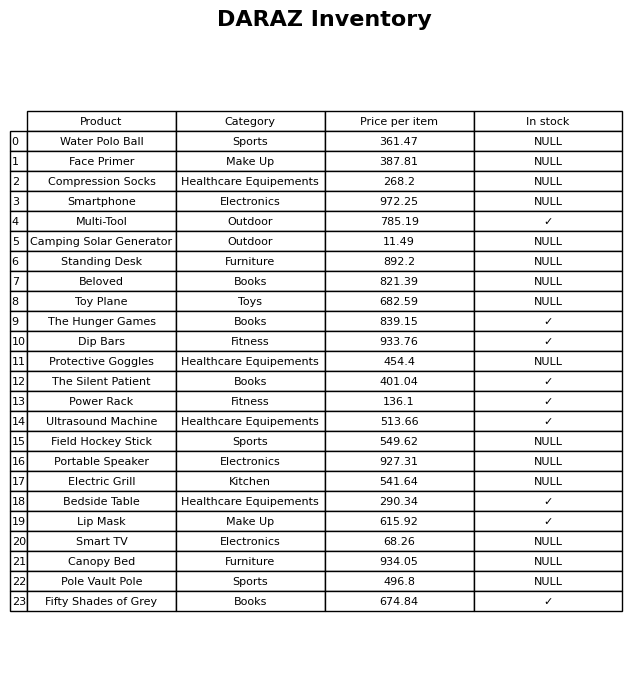
question: Is the Beloved in stock?
answer: NULL